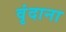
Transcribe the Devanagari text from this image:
वृंदाना